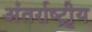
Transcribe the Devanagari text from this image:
अंतर्राष्ट्रीृय